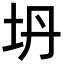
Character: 坍